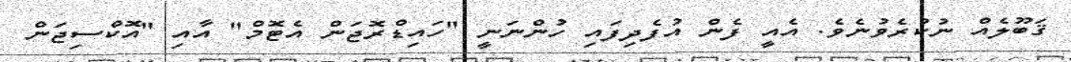
ޤަބޫލެއް ނުކުރެވުނެވެ. އެއީ ފެން އުފެދިފައި ހުންނަނީ "ހައިޑްރޮޖަން އެޓޮމް" އާއި "އޮކްސިޖަން